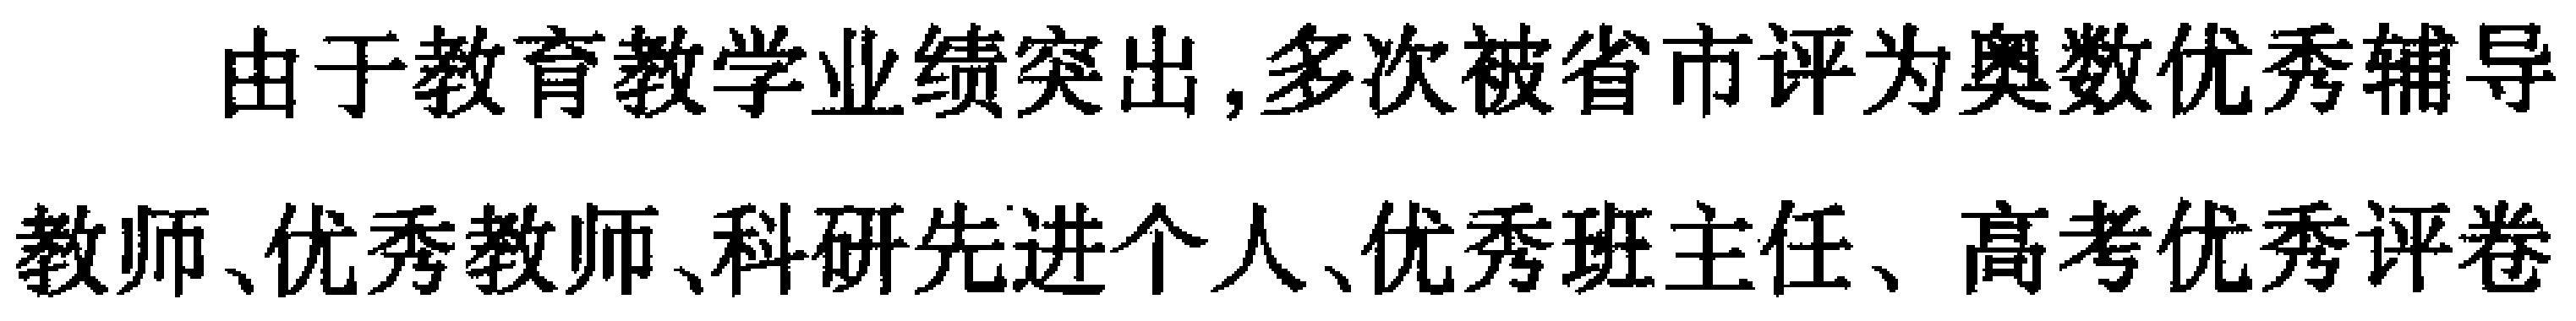
由于教育教学业绩突出,多次被省市评为奥数优秀辅导教师、优秀教师、科研先进个人、优秀班主任、高考优秀评卷